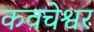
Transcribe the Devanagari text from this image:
कवचेश्वर